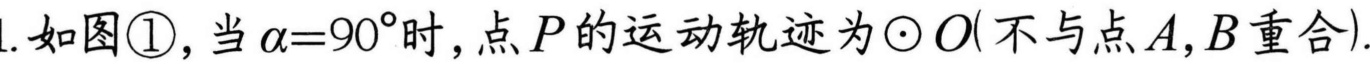
1. 如图\textcircled{1}，当\(\alpha = 90^{\circ}\)时，点\(P\)的运动轨迹为\(\odot O(\)不与点\(A\)，\(B\)重合\()\).